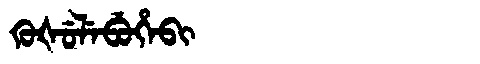
Manchu: ᡴᡠᡧᡠᠯᡝᠪᡠᡥᡝᠪᡳ
Romanization: KUŠULEBUHEBI